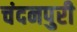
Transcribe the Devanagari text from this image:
चंदनपुरी